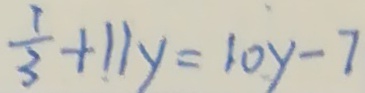
\frac { 1 } { 3 } + 1 1 y = 1 0 y - 7